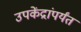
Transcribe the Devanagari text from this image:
उपकेंद्रांपर्यंत